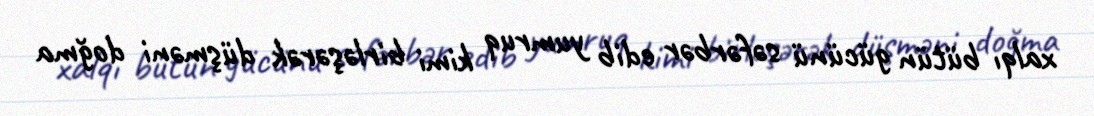
xalqı bütün gücünü səfərbər edib yumruq kimi birləşərək düşməni doğma